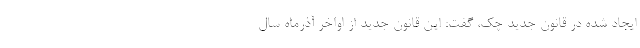
ایجاد شده در قانون جدید چک، گفت: این قانون جدید از اواخر آذرماه سال